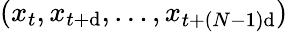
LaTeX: (x_{t},x_{t+\mathrm{d}},\ldots,x_{t+(N-1)\mathrm{d}})